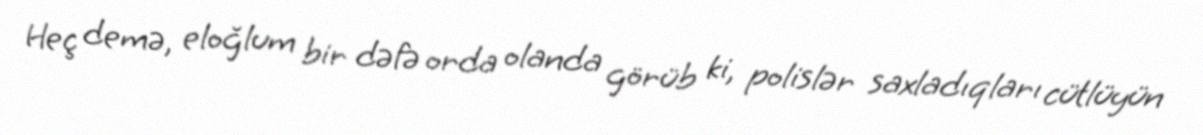
Heç demə, eloğlum bir dəfə orda olanda görüb ki, polislər saxladıqları cütlüyün